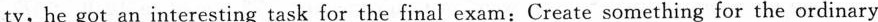
ty, he got an interesting task for the final exam:Create something for the ordinary